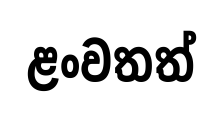
ළංවතත්